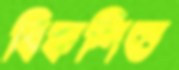
বিকশিত